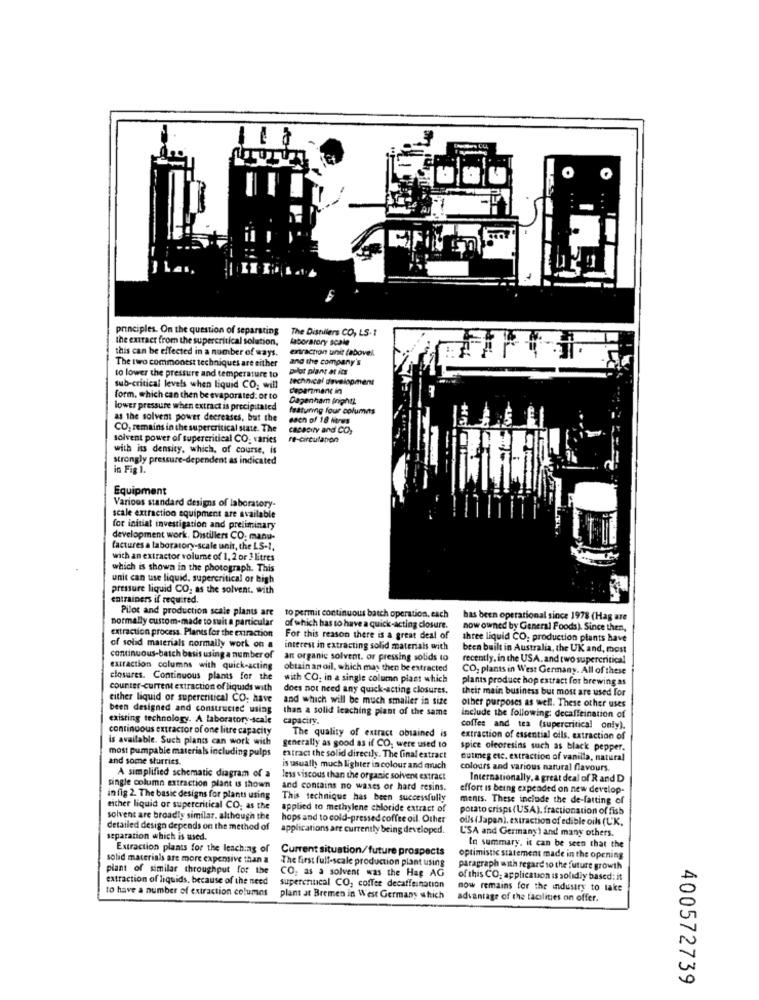
principles. On the question of separating
The Distilers CO, LS-1
the extract from the supercritical solution,
laborarory scale
this can be effected in a number of ways.
entraction unit fabovel.
and the company's
The two commonest techniques are either
pilot plant at its
to lower the pressure and temperature to
technical development
sub-critical levels when liquid CO; will
department in
form, which can then be evaporated: or to
Dagenham inghil
lower pressure when extract is precipitated
featuring four columns
as the solvent power decreases, but the
each of 18 hores
CO. remains in the supercritical state. The
capacity and CO,
solvent power of supercritical CO: varies
re-circulation
with its density, which, of course, is
strongly pressure-dependent as indicated
in Fig 1.
Equipment
Various standard designs of laboratory-
scale extraction equipment are available
for initial investigation and preliminary
development work. Distillers CO: manu-
factures a laboratory-scale unir, the LS-1,
with an extractor volume of 1, 2 or 3 litres
which is shown in the photograph. This
unit can use liquid, supercritical or high
pressure liquid CO, as the solvent. with
entrainers if required.
Pilot and production scale plants are
normally custom-made to suit a particular
to permit continuous batch operation, each
has been operational since 1978 (Hag are
extraction process. Plants for the extraction
of which has to have a quick-acting closure.
now owned by General Foods). Since then,
For this reason there is a great deal of
three liquid CO: production plants have
of solid materials normally work on a
interest in extracting solid materials with
been built in Australia, the UK and, most
continuous-batch basis using a number of
an organic solvent. or pressing solids to
recently. in the USA. and two supercritical
extraction columns with quick-acting
obtain an oil, which may then be extracted
CO, plants in West Germany. All of these
closures. Continuous plants for the
with CO; in a single column plast which
plants produce hop extract for brewing as
counter-current extraction of liquids with
does not need any quick-acting closures.
their main business but most are used for
either liquid or supercritical CO. have
and which will be much smaller in size
been designed and constructed using
than a solid leaching plant of the same
include the following: decaffeination of
other purposes as well. These other uses
existing technology. A laboratory scale
capacity.
continuous extractor of one litre capacity
coffes and tea (supercritical only).
is available. Such plants can work with
The quality of extract obtained is
extraction of essential oils. extraction of
most pumpable materials including pulps
generally as good as if CO, were used to
spice oleoresins such as black pepper.
and some sturries.
extract the solid direcily. The final extract
Gutmeg etc. extraction of vanilla, natural
is usually much lighter in colour and much
colours and various natural flavours.
A simplified schematic diagram of a
less viscous than the organic solvent extract
Internationally, a great deal of R and D
single column extraction plant is shown
and contains no waxes or hard resins.
effort is being expended on new develop-
infig 2. The basic designs for plants using
This technique has been successfully
ments. These include the de-fatting of
either liquid or supercritical CO, as the
applied to methylene chloride extract of
potato crisps (USA). fractionation of fish
solvent are broadly similar. although the
hops and to cold-pressed coffee oil. Other
oils (Japan), extraction of edible oils (L'K.
detailed design depends on the method of
applications are currently being developed.
L'SA and Germany) and many others.
separation which is used.
Extraction plants for the leaching of
Current situation/future prospects
In summary, it can be seen that the
solid materials are more expensive than a
The first full-scale production plant using
optimistic statement made in the opening
plant of similar throughput for the
CO: as a solvent was the Hag AG
paragraph with regard to the future growth
extraction of liquids, because of the need
of this CO: application is solidly based: it
to have a number of extraction columns
supercritical CO, coffee decaffeination
now remains for the industry to lake
plant at Bremen in West Germany which
advantage of the facilities on offer.
400572739